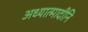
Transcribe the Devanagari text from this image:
अध्यात्मादीनि